Calcutta medical institutions reports 1871-78
Year: 1871
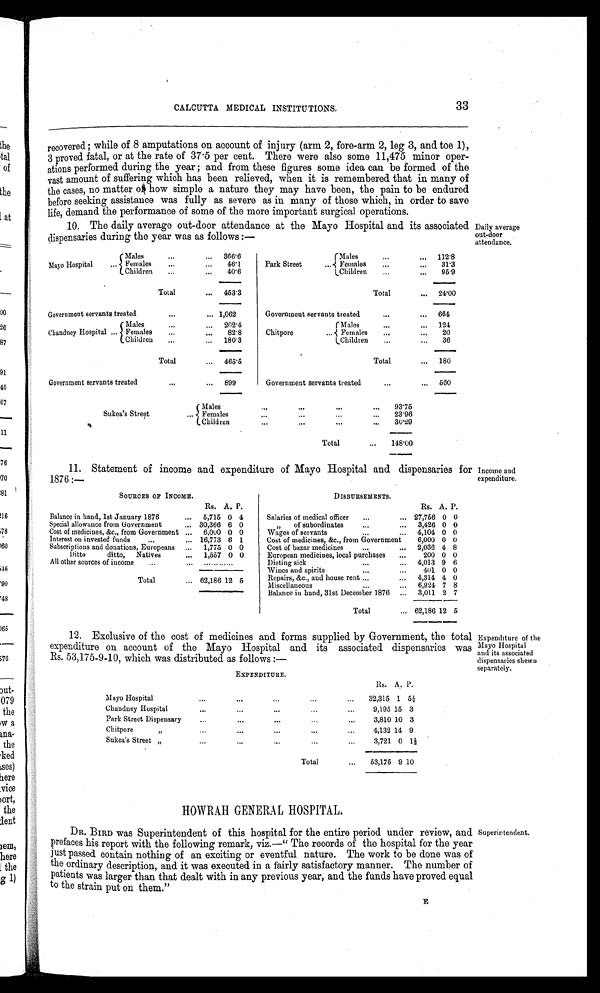
CALCUTTA MEDICAL INSTITUTIONS.
33
recovered; while of 8 amputations on account of injury (arm 2, fore-arm 2, leg 3, and toe 1),
3 proved fatal, or at the rate of 37·5 per cent. There were also some 11,475 minor oper
-ations performed during the year; and from these figures some idea can be formed of the
vast amount of suffering which has been relieved, when it is remembered that in many of
t he cases, no mat t er of how si mpl e a nat ur e t hey may have been, t he pai n t o be endur ed
before seeking assistance was fully as severe as in many of those which, in order to save
life, demand the performance of some of the more important surgical operations.
10. The daily average out-door attendance at the Mayo Hospital and its associated
dispensaries during the year was as follows:—
Daily average
out-door
attendance.
Mayo Hospital ...
Males
...
... 366·6
Females
...
... 46·1
Children ...
... 40·6
Total
... 453·3
Government servants treated
...
... 1,062
Chandney Hospital ...
Males
...
... 202·4
Females ...
...
82·8
Children ...
... 180·3
Total
... 465·5
Government servants treated ... ... 899
Park Street ...
Males ...
... 112·8
Females ...
... 31·3
Children ...
... 95·9
Total
... 24·00
Government servants treated
...
... 664
Chitpore
...
Males
...
. . . 124
Females ...
. . .
20
Children ...
... 36
Total
... 180
Government servants treated
...
... 560
Sukea's Street
...
Males
...
...
...
... 93·75
Females
...
...
...
...
23·96
Children
...
...
...
30·29
Total
... 148·00
11. Statement of income and expenditure of Mayo Hospital and dispensaries for
1876:—
Income and
expenditure.
SOURCES OF INCOMES
Rs. A. P.
Balance in hand, 1st January 1876 ...
5,715 0 4
Special allowance from Government ...
30,366 6 0
Cost of medicines, &c., from Government ... 6,000 0 0
Interest on invested funds
...
... 16,773 6 1
Subscriptions and donations, Europeans ... 1,775 0 0
Ditto
ditto, Natives
1,557 0 0
All other sources of income ... ... ............
Total
... 62,186 12 5
DISBURSEMENTS,
Rs. A. P.
Salaries of medical officer ...
... 27,756 0 0
"
of subordinates ... ... 3,426 0 0
...
Wages of servants.. 4,104 0 0
Cost of medicines, &c., from Government.
6,000 0 0
Cost of bazar medicines
...
... 2,036 4 8
European medicines, local purchases ...
200 0 0
Dieting sick
—
... 4,013 9 6
Wines and spirits ... ...
401 0 0
Repairs, &c., and house rent ...
... 4,314 4 0
Miscellaneous
...
... 6,924 7 8
Balance in hand, 31st December 1876 ... 3,011 2 7
Total
... 62,186 12 5
12. Exclusive of the cost of medicines and forms supplied by Government, the total
expenditure on account of the Mayo Hospital and its associated dispensaries was
Rs. 53,175-9-10, which was distributed as follows:—
Expenditure of the
Mayo Hospital
and its associated
dispensaries shewn
separately.
EXPENDITURE.
Rs. A. P.
Mayo Hospital
. . .
...
...
...
... 32,315 1 5½
Chanduey Hospital
...
...
...
...
...
9,195 15 3
Park Street Dispensary
...
...
...
...
...
3,810 10 3
Chitpore
...
...
...
...
...
4,132 14 9
Sukea's Street
...
...
...
...
...
3,721 0
1 ½
Total
...
63,175 9 10
HOWRAH GENERAL HOSPITAL.
Dr. BIRD was Superintendent of this hospital for the entire period under review, and
prefaces his report with the following remark, viz.—"The records of the hospital for the year
just passed contain nothing of an exciting or eventful nature. The work to be done was of
the ordinary description, and it was executed in a fairly
satisfactory manner. The number of patients was larger than that dealt with in any previous year, and the funds have proved equal
to the strain put on them."
Superintendent.